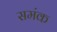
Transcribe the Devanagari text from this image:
समंक